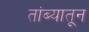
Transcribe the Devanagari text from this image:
तांब्यातून